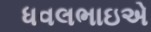
ધવલભાઇએ